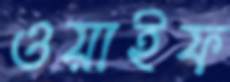
ওয়াইফ